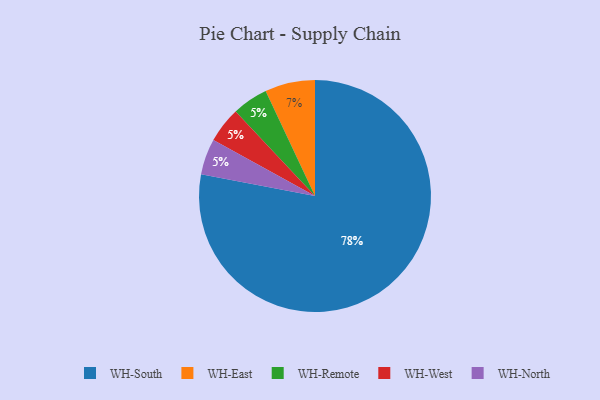
{"axis": {"x": "Category", "y": "Percentage"}, "legend": ["WH-East", "WH-North", "WH-Remote", "WH-South", "WH-West"], "data": [{"x": "WH-East", "y": 7, "type": "WH-East"}, {"x": "WH-Remote", "y": 5, "type": "WH-Remote"}, {"x": "WH-West", "y": 5, "type": "WH-West"}, {"x": "WH-South", "y": 78, "type": "WH-South"}, {"x": "WH-North", "y": 5, "type": "WH-North"}]}